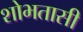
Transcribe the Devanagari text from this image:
शोभतासी